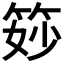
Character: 𥭝